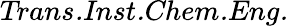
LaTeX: \textit{Trans.Inst.Chem.Eng.}